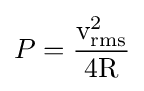
P={\frac {{\text{v}}_{\text{rms}}^{2}}{4{\text{R}}}}